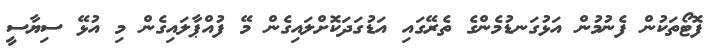
ފޮޓޯތަކުން ފެނުމުން އަޅުގަނޑުމެންގެ ތެރޭގައި އަޑުގަދަކޮށްލައިގެން މޭ ފުއްޕާލައިގެން މި އުޅޭ ސިޔާސީ